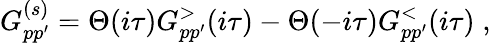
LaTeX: G_{pp^{\prime}}^{(s)}=\Theta(i\tau)G_{pp^{\prime}}^{>}(i\tau)-\Theta(-i\tau)G_{pp^{\prime}}^{<}(i\tau)\; ,